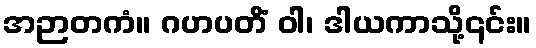
အဉာတကံ။ ဂဟပတိံ ဝါ၊ ဒါယကာသို့၎င်း။